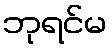
ဘုရင်မ